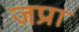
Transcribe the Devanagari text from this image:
जप्रा